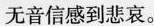
无音信感到悲哀。